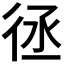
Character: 𢓞